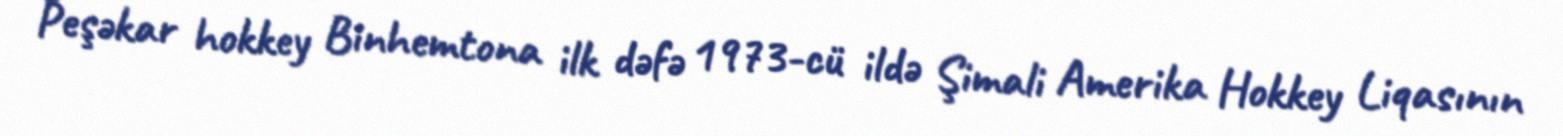
Peşəkar hokkey Binhemtona ilk dəfə 1973-cü ildə Şimali Amerika Hokkey Liqasının